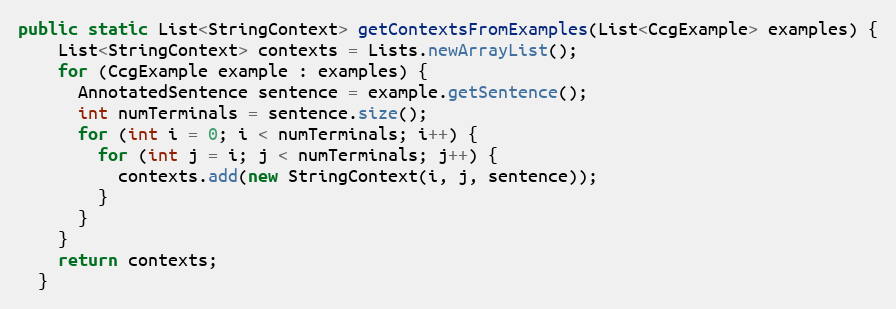
Language: Java
public static List<StringContext> getContextsFromExamples(List<CcgExample> examples) {
    List<StringContext> contexts = Lists.newArrayList();
    for (CcgExample example : examples) {
      AnnotatedSentence sentence = example.getSentence();
      int numTerminals = sentence.size();
      for (int i = 0; i < numTerminals; i++) {
        for (int j = i; j < numTerminals; j++) {
          contexts.add(new StringContext(i, j, sentence));
        }
      }
    }
    return contexts;
  }